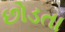
છોડતા